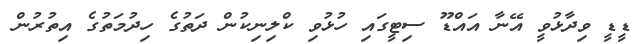
ޑީޑީ ވިދާޅުވީ އޭނާ އައްޑޫ ސިޓީގައި ހުޅުވި ކްލިނިކުން ދަތުގެ ހިދުމަތުގެ އިތުރުން